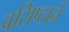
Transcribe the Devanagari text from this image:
वसिष्ठानें